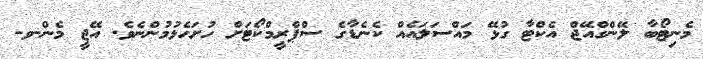
މެނިޓޯބާ ލޭންގްއޭޖް އެކްޓާ ގުޅޭ މައްސަލައެއް ކެނެޑާގެ ސްޕްރީމްކޯޓަށް ހުށަހެޅުމުންނެވެ. އޭޖީ މެން-ވ-